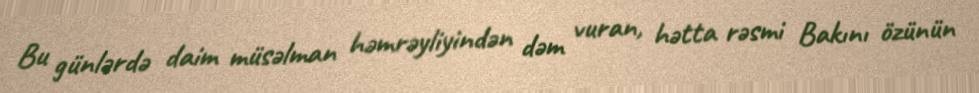
Bu günlərdə daim müsəlman həmrəyliyindən dəm vuran, hətta rəsmi Bakını özünün